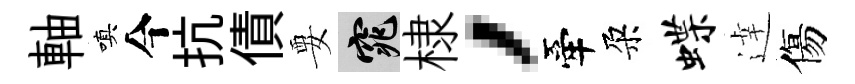
軸嗔今抗債要窕棣，牽朶蝶逹傷